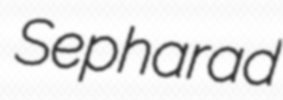
Sepharad